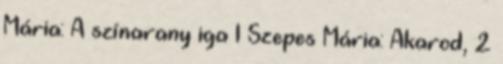
Mária: A színarany iga 1 Szepes Mária: Akarod, 2